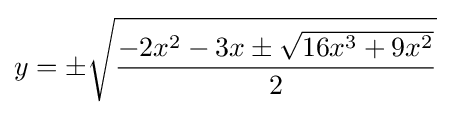
y=\pm {\sqrt {\frac {-2x^{2}-3x\pm {\sqrt {16x^{3}+9x^{2}}}}{2}}}